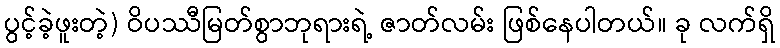
ပွင့်ခဲ့ဖူးတဲ့) ဝိပဿီမြတ်စွာဘုရားရဲ့ ဇာတ်လမ်း ဖြစ်နေပါတယ်။ ခု လက်ရှိ